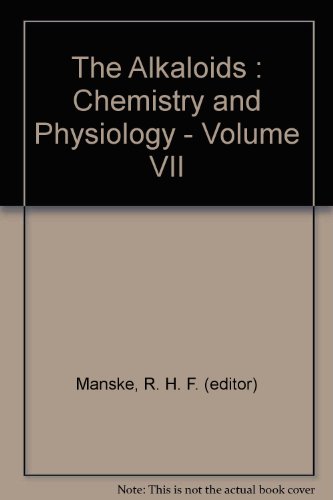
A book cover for The Alkaloids: Chemistry and Physiology (Volume VII: Supplement to Volumes II, III, IV, and V); R.H.F.(editor) Manske; Science & Math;